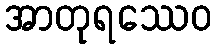
အာတုရဿေဝ